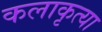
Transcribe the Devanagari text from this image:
कलाकृत्या